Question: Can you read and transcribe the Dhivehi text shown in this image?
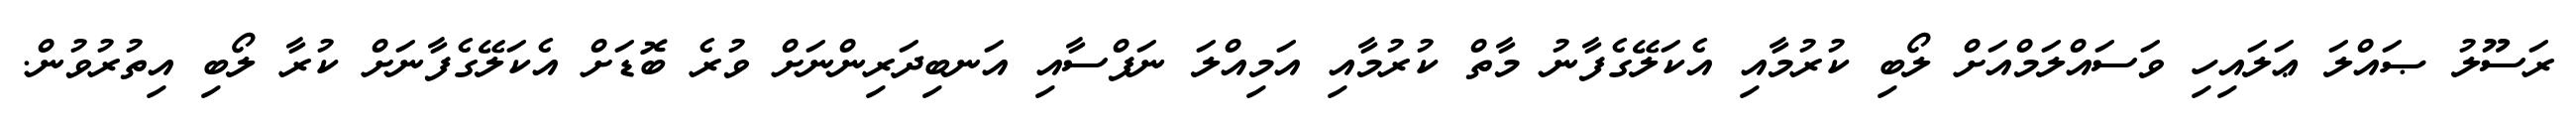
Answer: ރަސޫލު ޞައްލަ ޢަލައިހި ވަސައްލަމްއަށް ލޯބި ކުރުމާއި އެކަލޭގެފާނު މާތް ކުރުމާއި އަމިއްލަ ނަފްސާއި އަނބިދަރިންނަށް ވުރެ ބޮޑަށް އެކަލޭގެފާނަށް ކުރާ ލޯބި އިތުރުވުން.